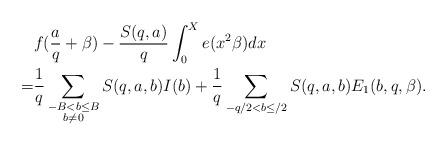
LaTeX: \begin{align*}&f(\frac{a}{q}+\beta)-\frac{S(q,a)}{q}\int_0^Xe(x^2\beta)dx\\=&\frac{1}{q}\sum_{\substack{-B<b\le B\\ b\not=0}}S(q,a,b)I(b)+\frac{1}{q}\sum_{-q/2<b\leq/2}S(q,a,b)E_1(b,q,\beta).\end{align*}